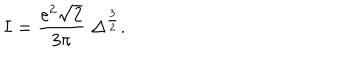
I = { \frac { e ^ { 2 } \sqrt { 2 } } { 3 \pi } } \; \Delta ^ { \frac { 3 } { 2 } } .